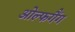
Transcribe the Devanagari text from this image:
ओल्फगैंग